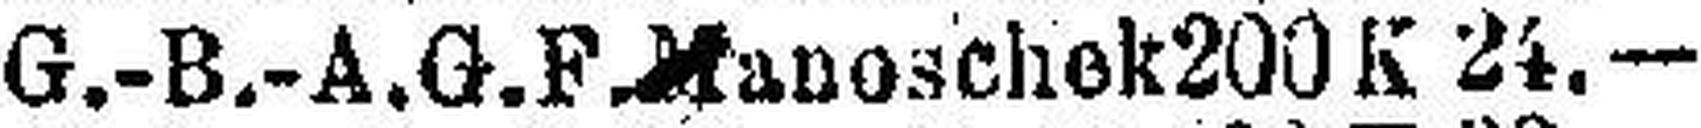
G.-B.-A. G. F Manoschek 200 K 24.—